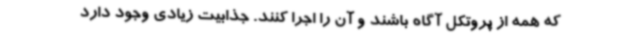
که همه از پروتکل آگاه باشند و آن را اجرا کنند. جذابیت زیادی وجود دارد